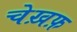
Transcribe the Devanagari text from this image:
चेख़फ़